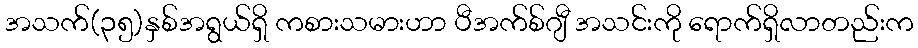
အသက်(၃၅)နှစ်အရွယ်ရှိ ကစားသမားဟာ ပီအက်စ်ဂျီ အသင်းကို ရောက်ရှိလာတည်းက